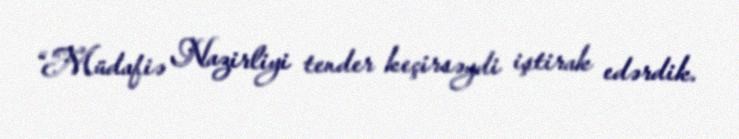
“Müdafiə Nazirliyi tender keçirsəydi iştirak edərdik.